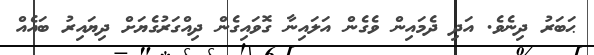
ޙަބަރު ދިނެވެ. އަދި ދެމައިން ވެގެން އަލައިނާ ގޮވައިގެން ދިއްގަރުގެޔަށް ދިޔައިރު ބައެއް